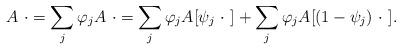
LaTeX: \begin{align*} A\ \cdot=\sum_j\varphi_j A\ \cdot=\sum_j\varphi_j A[\psi_j\ \cdot\ ]+\sum_j\varphi_j A[(1-\psi_j)\ \cdot\ ].\end{align*}